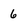
Character: 6